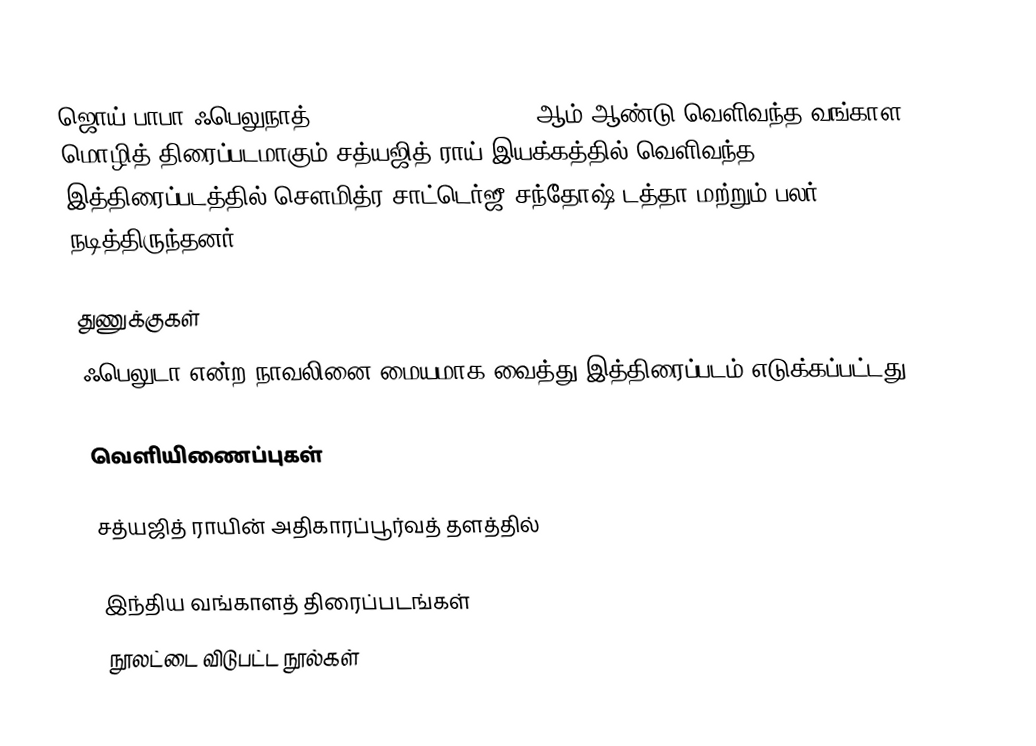
ஜொய் பாபா ஃபெலுநாத் (The Elephant God) 1978 ஆம் ஆண்டு வெளிவந்த வங்காள மொழித் திரைப்படமாகும்.சத்யஜித் ராய் இயக்கத்தில் வெளிவந்த இத்திரைப்படத்தில் சௌமித்ர சாட்டெர்ஜீ,சந்தோஷ் டத்தா மற்றும் பலர் நடித்திருந்தனர்.

துணுக்குகள்
 ஃபெலுடா என்ற நாவலினை மையமாக வைத்து இத்திரைப்படம் எடுக்கப்பட்டது.

வெளியிணைப்புகள்

  சத்யஜித் ராயின் அதிகாரப்பூர்வத் தளத்தில்

இந்திய வங்காளத் திரைப்படங்கள்
நூலட்டை விடுபட்ட நூல்கள்